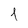
Character: 1